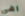
اهي